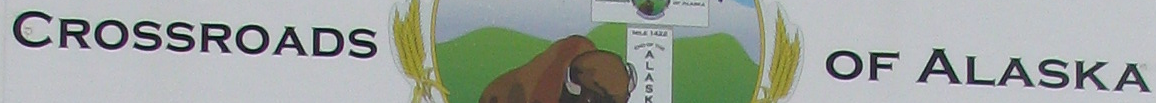
CROSSROADS OF ALASKA